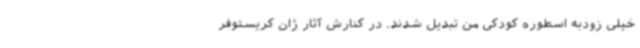
خیلی زودبه اسطوره کودکی من تبدیل شدند. در کنارش آثار ژان کریستوفر